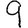
Digit: 9